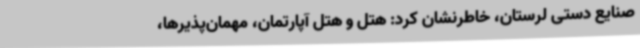
صنایع دستی لرستان، خاطرنشان کرد: هتل و هتل آپارتمان، مهمان‌پذیرها،